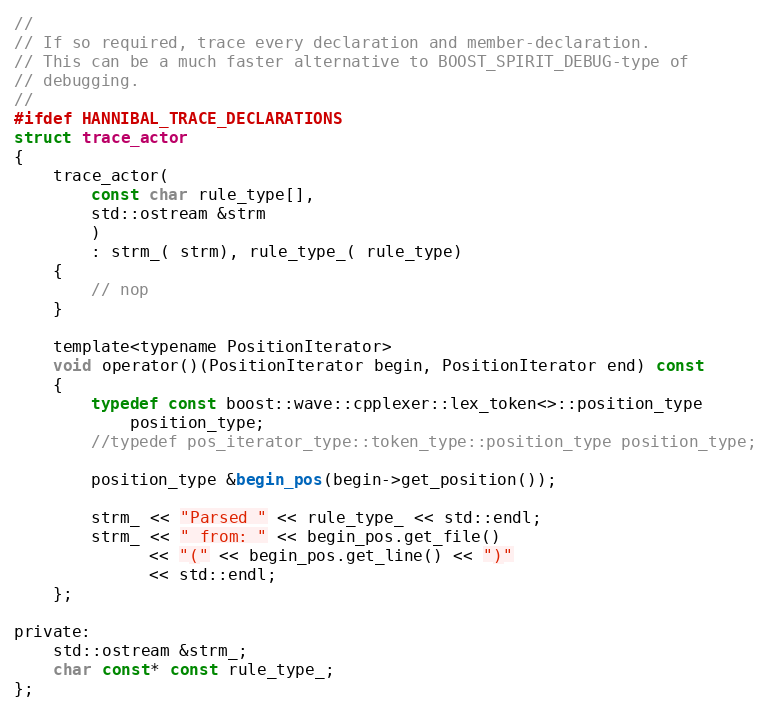
Language: C
//
// If so required, trace every declaration and member-declaration.
// This can be a much faster alternative to BOOST_SPIRIT_DEBUG-type of
// debugging.
//
#ifdef HANNIBAL_TRACE_DECLARATIONS
struct trace_actor
{
    trace_actor(
        const char rule_type[],
        std::ostream &strm
        )
        : strm_( strm), rule_type_( rule_type)
    {
        // nop
    }

    template<typename PositionIterator>
    void operator()(PositionIterator begin, PositionIterator end) const
    {
        typedef const boost::wave::cpplexer::lex_token<>::position_type
            position_type;
        //typedef pos_iterator_type::token_type::position_type position_type;

        position_type &begin_pos(begin->get_position());

        strm_ << "Parsed " << rule_type_ << std::endl;
        strm_ << " from: " << begin_pos.get_file()
              << "(" << begin_pos.get_line() << ")"
              << std::endl;
    };

private:
    std::ostream &strm_;
    char const* const rule_type_;
};